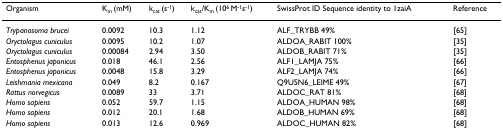
| Organism | Km (mM) | kcat (s-1) | kcat/Km (106 M-1s-1) | SwissProt ID Sequence identity to 1zaiA | Reference |
 | --- | --- | --- | --- | --- | --- |
 | Trypanosoma brucei | 0.0092 | 10.3 | 1.12 | ALF_TRYBB 49% | [65] |
 | Oryctolagus cuniculus | 0.0095 | 10.2 | 1.07 | ALDOA_RABIT 100% | [35] |
 | Oryctolagus cuniculus | 0.00084 | 2.94 | 3.50 | ALDOB_RABIT 71% | [35] |
 | Entosphenus japonicus | 0.018 | 46.1 | 2.56 | ALF1_LAMJA 75% | [66] |
 | Entosphenus japonicus | 0.0048 | 15.8 | 3.29 | ALF2_LAMJA 74% | [66] |
 | Leishmania mexicana | 0.049 | 8.2 | 0.167 | Q9U5N6_LEIME 49% | [67] |
 | Rattus norvegicus | 0.0089 | 33 | 3.71 | ALDOC_RAT 81% | [68] |
 | Homo sapiens | 0.052 | 59.7 | 1.15 | ALDOA_HUMAN 98% | [68] |
 | Homo sapiens | 0.012 | 20.1 | 1.68 | ALDOB_HUMAN 69% | [68] |
 | Homo sapiens | 0.013 | 12.6 | 0.969 | ALDOC_HUMAN 82% | [68] |